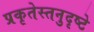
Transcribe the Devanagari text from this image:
प्रकृतेस्तनुदृष्टे